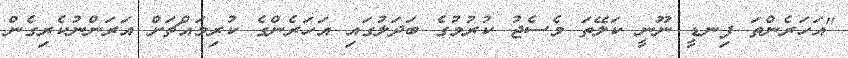
"އަހަރެންތަ ފިނޑީ ނޫނީ ކަލޭތަ މެސެޖު ކުރުމުގެ ބަދަލުގައި އަހަރެންގެ ކުރިމައްޗަށް އަރަންނުކެރިގެން